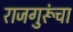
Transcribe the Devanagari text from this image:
राजगुरूंचा